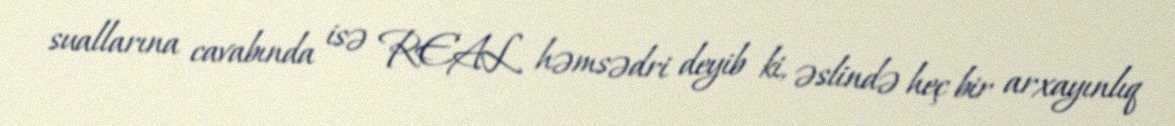
suallarına cavabında isə REAL həmsədri deyib ki, əslində heç bir arxayınlıq